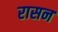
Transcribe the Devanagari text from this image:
रासन